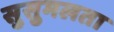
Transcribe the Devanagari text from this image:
सुसुमलता